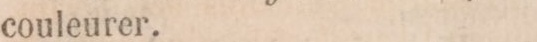
couleurer.